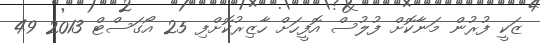
ޒަކީ ފުރުން މަނާކޮށް ފުލުސް އޮފީހަށް ހާޒިރުކޮށްފި 25 އޯގަސްޓް 2013 49